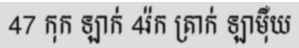
47 កុក ឡាក់ 4រ៉ក ត្រាក់ ឡាម៉ឺយ